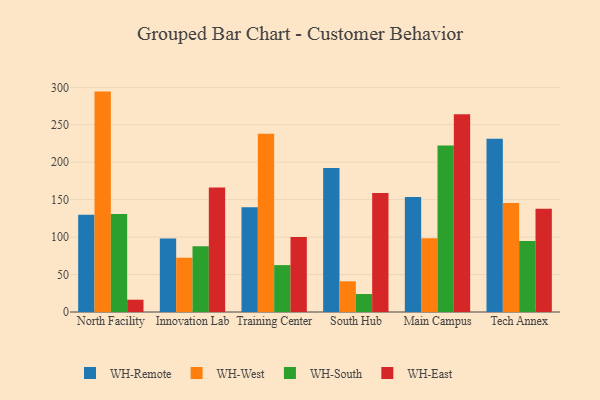
{"axis": {"x": "Campus", "y": "Bounce Rate (%)"}, "legend": ["WH-East", "WH-Remote", "WH-South", "WH-West"], "data": [{"x": "North Facility", "y": 130.0, "type": "WH-Remote"}, {"x": "North Facility", "y": 294.3, "type": "WH-West"}, {"x": "North Facility", "y": 130.7, "type": "WH-South"}, {"x": "North Facility", "y": 16.4, "type": "WH-East"}, {"x": "Innovation Lab", "y": 98.0, "type": "WH-Remote"}, {"x": "Innovation Lab", "y": 72.3, "type": "WH-West"}, {"x": "Innovation Lab", "y": 87.9, "type": "WH-South"}, {"x": "Innovation Lab", "y": 166.3, "type": "WH-East"}, {"x": "Training Center", "y": 139.9, "type": "WH-Remote"}, {"x": "Training Center", "y": 238.1, "type": "WH-West"}, {"x": "Training Center", "y": 62.6, "type": "WH-South"}, {"x": "Training Center", "y": 100.1, "type": "WH-East"}, {"x": "South Hub", "y": 192.2, "type": "WH-Remote"}, {"x": "South Hub", "y": 41.0, "type": "WH-West"}, {"x": "South Hub", "y": 24.0, "type": "WH-South"}, {"x": "South Hub", "y": 159.0, "type": "WH-East"}, {"x": "Main Campus", "y": 153.5, "type": "WH-Remote"}, {"x": "Main Campus", "y": 98.6, "type": "WH-West"}, {"x": "Main Campus", "y": 222.4, "type": "WH-South"}, {"x": "Main Campus", "y": 264.0, "type": "WH-East"}, {"x": "Tech Annex", "y": 231.4, "type": "WH-Remote"}, {"x": "Tech Annex", "y": 145.7, "type": "WH-West"}, {"x": "Tech Annex", "y": 94.7, "type": "WH-South"}, {"x": "Tech Annex", "y": 137.8, "type": "WH-East"}]}